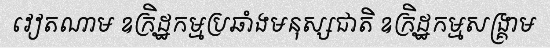
វៀតណាម ឧក្រិដ្ឋកម្មប្រឆាំងមនុស្សជាតិ ឧក្រិដ្ឋកម្មសង្គ្រាម